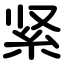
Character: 紧